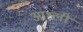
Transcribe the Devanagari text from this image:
आश्ली